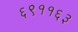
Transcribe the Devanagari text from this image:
६९११६३